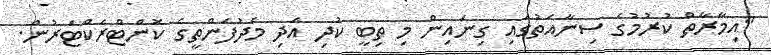
"އިމާރާތް ކުރުމުގެ ސިނާއަތުގައި ގިނައިން މި ތިބީ ކުދި އަދި މެދުފަންތީގެ ކޮންޓްރެކްޓަރުން.